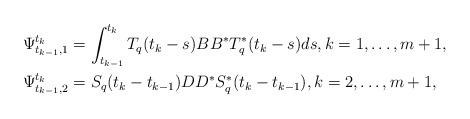
LaTeX: \begin{align*}\begin{aligned}\Psi^{t_k}_{t_{k-1}, 1}&=\int_{t_{k-1}}^{t_k}T_{q}(t_k-s)BB^{\ast}T_{q}^{\ast}(t_k-s)ds,k=1,\ldots,m+1,\\\Psi^{t_k}_{t_{k-1}, 2}&=S_{q}(t_k-t_{k-1})DD^{\ast}S_{q}^{\ast}(t_k-t_{k-1}),k=2,\ldots,m+1,\end{aligned}\end{align*}